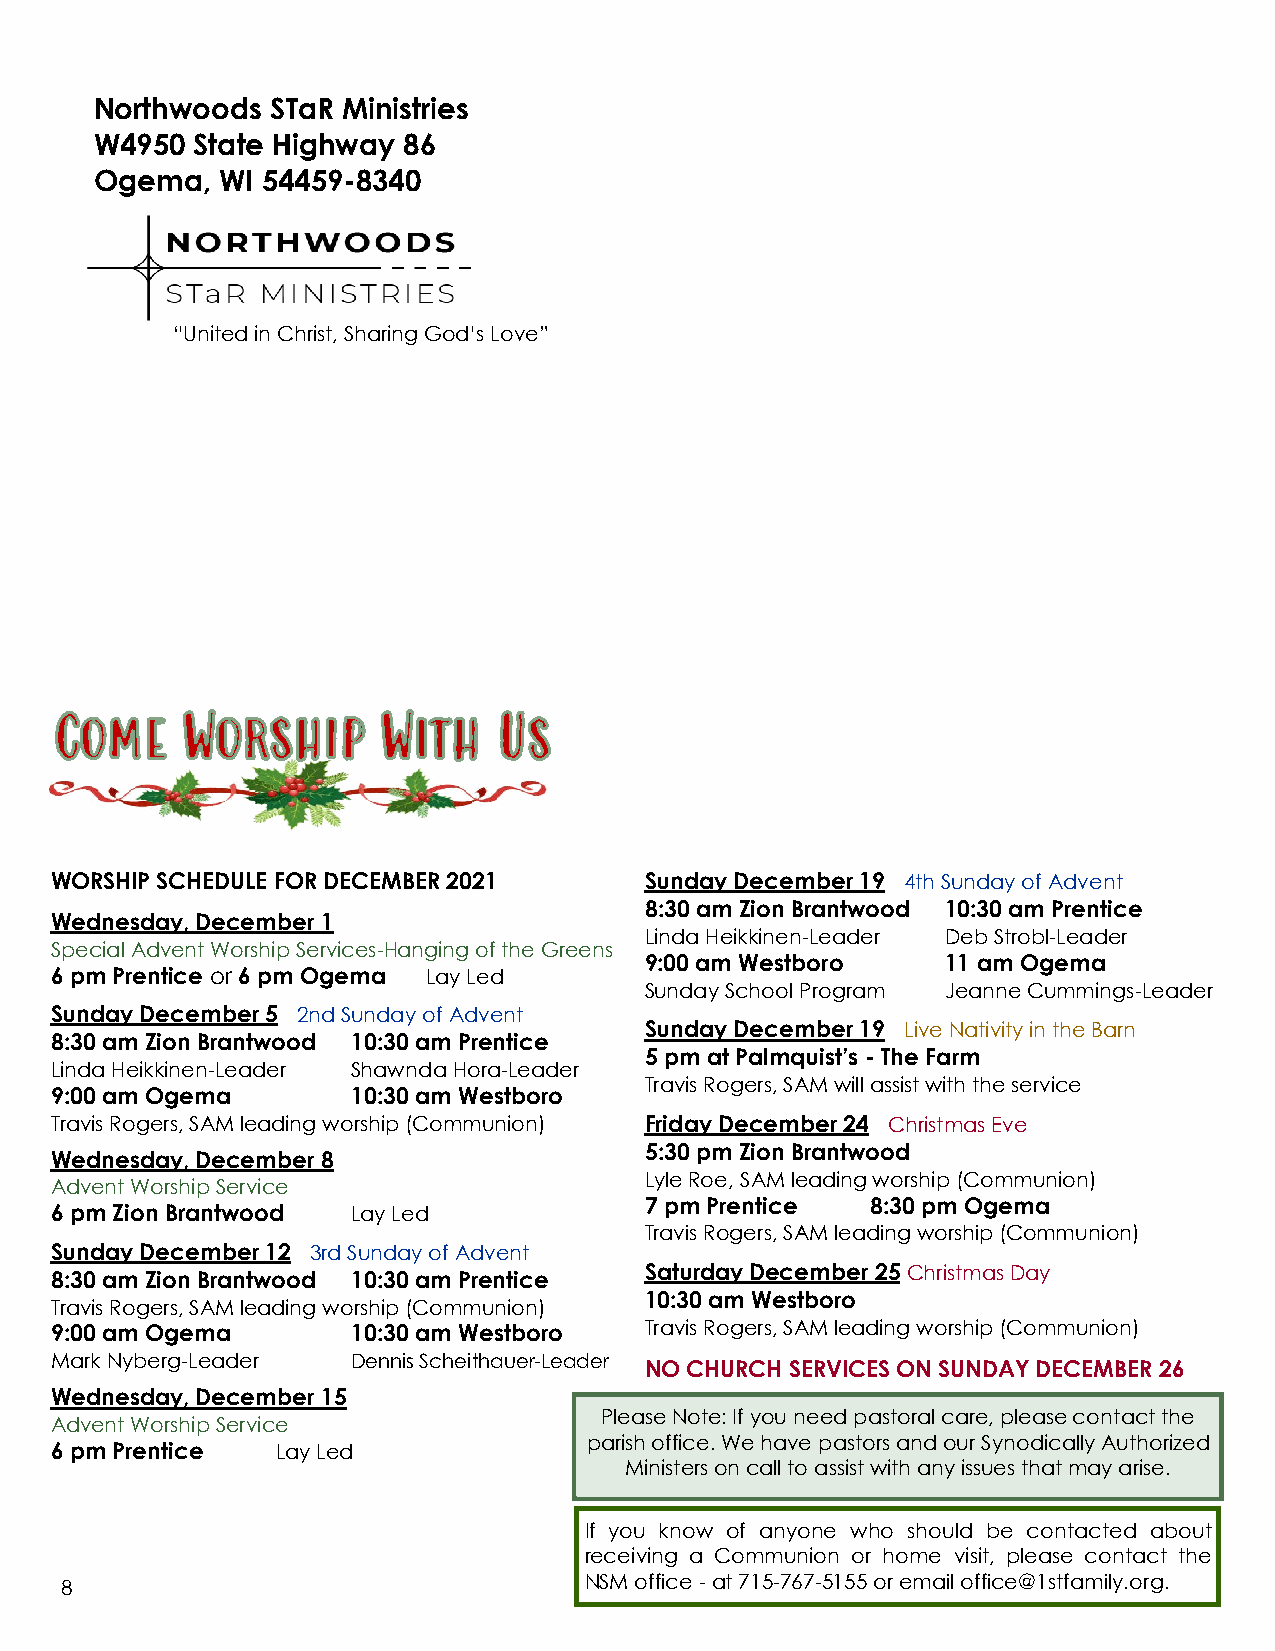
Northwoods  STaR Ministries
 W4950  State Highway 86
 Ogema,   WI 54459-8340
 “United in Christ, Sharing God’s Love”
 WORSHIP SCHEDULE FOR DECEMBER 2021      Sunday December 19 4th Sunday of Advent
 8:30 am Zion Brantwood 10:30 am Prentice
 Wednesday, December 1
 Linda Heikkinen-Leader Deb Strobl-Leader
 Special Advent Worship Services-Hanging of the Greens
 9:00 am Westboro    11 am Ogema
 6 pm Prentice or 6 pm Ogema Lay Led
 Sunday School Program Jeanne Cummings-Leader
 Sunday December 5 2nd Sunday of Advent
 Sunday December 19 Live Nativity in the Barn
 8:30 am Zion Brantwood 10:30 am Prentice
 5 pm at Palmquist’s - The Farm
 Linda Heikkinen-Leader Shawnda Hora-Leader
 Travis Rogers, SAM will assist with the service
 9:00 am Ogema       10:30 am Westboro
 Travis Rogers, SAM leading worship (Communion) Friday December 24 Christmas Eve
 5:30 pm Zion Brantwood
 Wednesday, December 8
 Lyle Roe, SAM leading worship (Communion)
 Advent Worship Service
 7 pm Prentice  8:30 pm Ogema
 6 pm Zion Brantwood Lay Led
 Travis Rogers, SAM leading worship (Communion)
 Sunday December 12 3rd Sunday of Advent
 8:30 am Zion Brantwood 10:30 am Prentice Saturday December 25 Christmas Day
 10:30 am Westboro
 Travis Rogers, SAM leading worship (Communion)
 9:00 am Ogema       10:30 am Westboro   Travis Rogers, SAM leading worship (Communion)
 Mark Nyberg-Leader  Dennis Scheithauer-Leader
 NO CHURCH SERVICES ON SUNDAY DECEMBER 26
 Wednesday, December 15
 Please Note: If you need pastoral care, please contact the
 Advent Worship Service
 parish office. We have pastors and our Synodically Authorized
 6 pm Prentice  Lay Led
 Ministers on call to assist with any issues that may arise.
 If you know of anyone who should be contacted about
 receiving a Communion or home visit, please contact the
 NSM office - at 715-767-5155 or email office@1stfamily.org.
 8